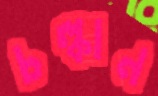
চল্‌কান